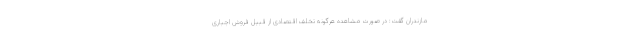
مازندران گفت: در صورت مشاهده هرگونه تخلف اقتصادی از قبیل فروش اجباری